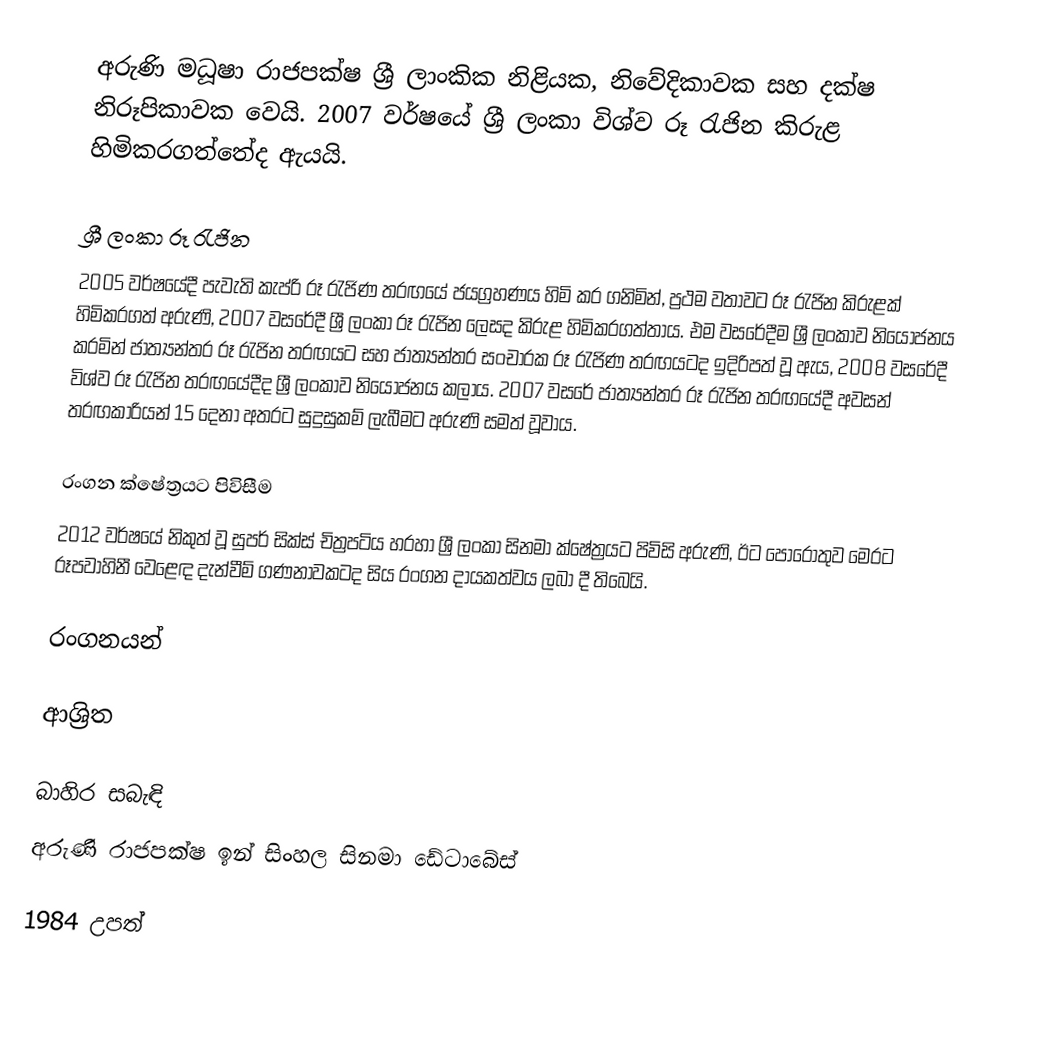
අරුණි මධූෂා රාජපක්ෂ ශ්‍රී ලාංකික නිළියක, නිවේදිකාවක සහ දක්ෂ නිරූපිකාවක වෙයි. 2007 වර්ෂයේ ශ්‍රී ලංකා විශ්ව රූ රැජින කිරුළ හිමිකරගත්තේද ඇයයි.

ශ්‍රී ලංකා රූ රැජින
2005 වර්ෂයේදී පැවැති කැප්රි රූ රැජිණ තරඟයේ ජයග්‍රහණය හිමි කර ගනිමින්, ප්‍රථම වතාවට රූ රැජින කිරුළක් හිමිකරගත් අරුණි, 2007 වසරේදී ශ්‍රී ලංකා රූ රැජින ලෙසද කිරුළ හිමිකරගත්තාය. එම වසරේදීම ශ්‍රී ලංකාව නියෝජනය කරමින් ජාත්‍යන්තර රූ රැජින තරඟයට සහ ජාත්‍යන්තර සංචාරක රූ රැජිණ තරඟයටද ඉදිරිපත් වූ ඇය, 2008 වසරේදී විශ්ව රූ රැජින තරඟයේදීද ශ්‍රී ලංකාව නියෝජනය කලාය. 2007 වසරේ ජාත්‍යන්තර රූ රැජින තරඟයේදී අවසන් තරඟකාරියන් 15 දෙනා අතරට සුදුසුකම් ලැබීමට අරුණි සමත් වූවාය.

රංගන ක්ෂේත්‍රයට පිවිසීම
2012 වර්ෂයේ නිකුත් වූ සුපර් සික්ස් චිත්‍රපටිය හරහා ශ්‍රී ලංකා සිනමා ක්ෂේත්‍රයට පිවිසි අරුණි, ඊට පොරෝතුව මෙරට රූපවාහිනී වෙළෙඳ දැන්වීම් ගණනාවකටද සිය රංගන දායකත්වය ලබා දී තිබෙයි.

රංගනයන්

ආශ්‍රිත

බාහිර සබැඳි
අරුණි රාජපක්ෂ ඉන් සිංහල සිනමා ඩේටාබේස්

1984 උපත්